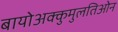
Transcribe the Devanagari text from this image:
बायोअक्कुमुलतिओन